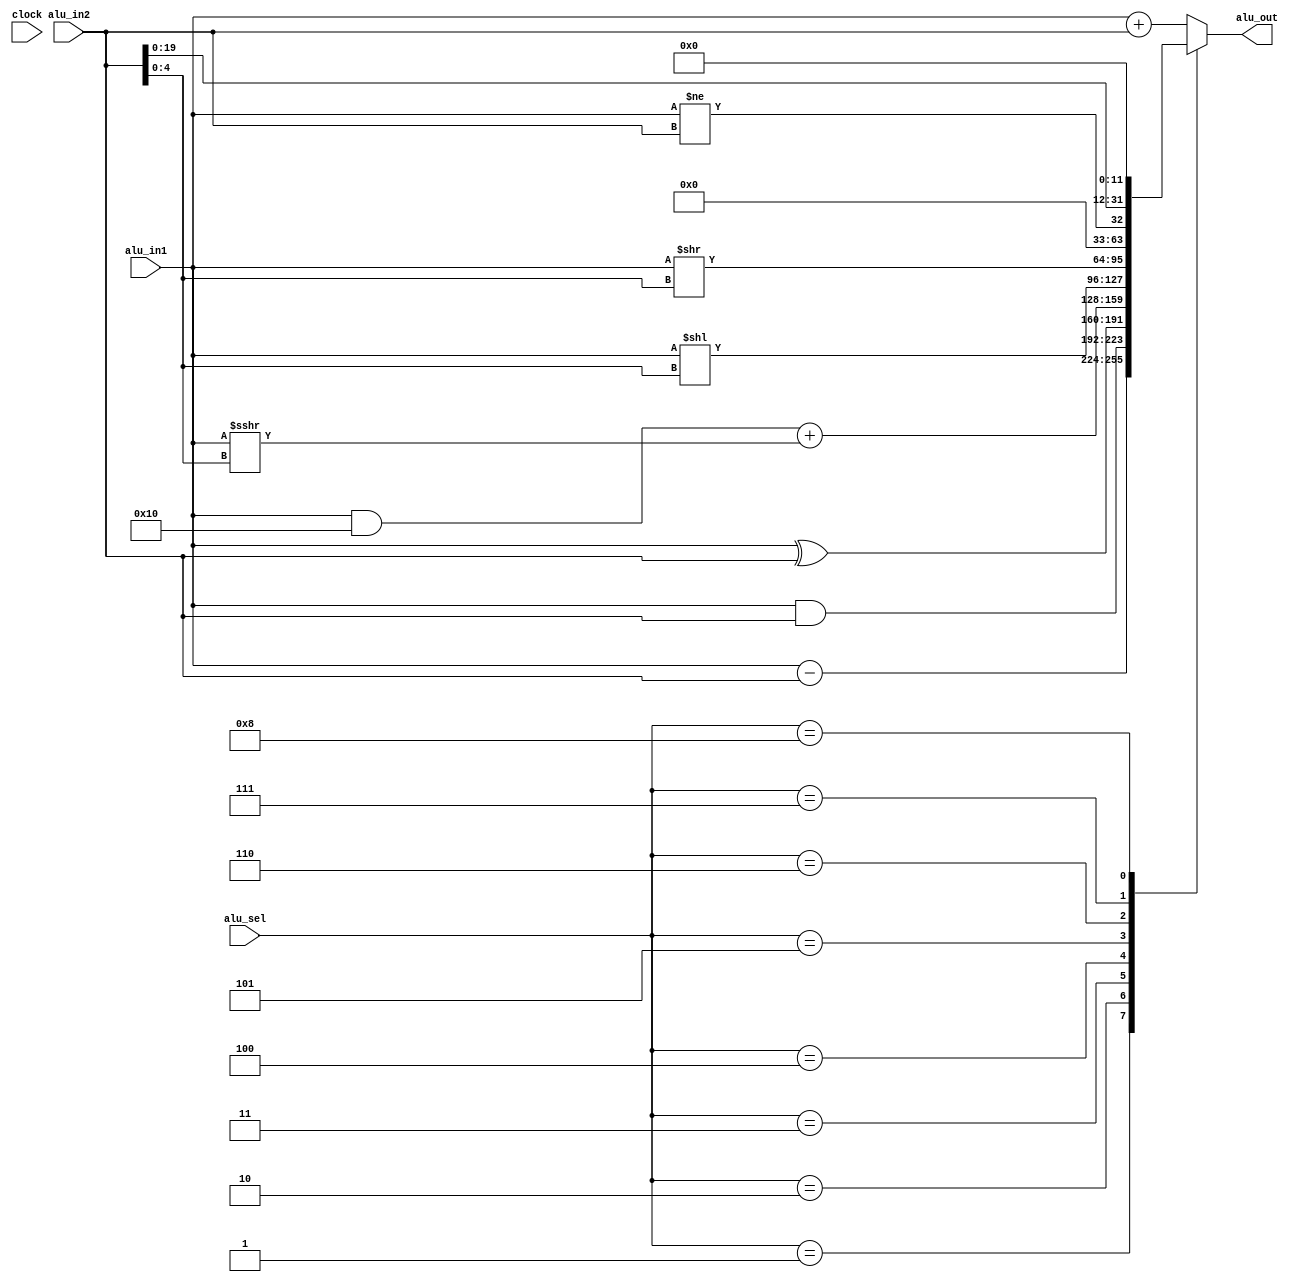
`timescale 1ns / 1ps
//////////////////////////////////////////////////////////////////////////////////
// Company: 
// Engineer: 
// 
// Design Name: 
// Module Name:    ALU 
// Project Name: 
// Target Devices: 
// Tool versions: 
// Description: 
//
// Dependencies: 
//
// Revision: 
// Revision 0.01 - File Created
// Additional Comments: 
//
//////////////////////////////////////////////////////////////////////////////////
module ALU( alu_in1, alu_in2, alu_out, alu_sel, clock );


	input [31:0]alu_in1, alu_in2;
	input [3:0]alu_sel;
	input clock;
	
	output [31:0]alu_out;
	reg [31:0]alu_out;
	
	reg [31:0]A;
	reg [31:0]B;
	
	always@(alu_sel, alu_in1, alu_in2)
	begin
	
	//alu_sel
	//suma = 0000						add, addi, lw, sw, sb
	//resta = 0001						sub
	//and = 0010						andi
	//xor = 0011						xori
	//sra = 0100						srai
	//sll = 0101						slli
	//srl = 0110						srli
	//bne = 0111						bne
	//lui = 1000						lui
	
	case(alu_sel)
	
	4'b0000: alu_out = alu_in1 + alu_in2;				//suma
	4'b0001: alu_out = alu_in1 - alu_in2;				//resta
	4'b0010: alu_out = alu_in1 & alu_in2;				//and
	4'b0011: alu_out = alu_in1 ^ alu_in2;				//xor
	
	4'b0100: begin
	A = alu_in1 & 5'b10000;									//sra			
	B = alu_in1 >>> alu_in2[4:0];							
	alu_out = A + B;
	end
	
	4'b0101: alu_out = alu_in1 << alu_in2[4:0];		//sll
	4'b0110: alu_out = alu_in1 >> alu_in2[4:0];		//srl
	4'b0111: alu_out = alu_in1 != alu_in2;				//bne
	4'b1000: alu_out = alu_in2  << 12;					//lui
	
	default: begin
	alu_out = alu_in1 + alu_in2;							//Cualquier otro valor de alu_sel ALU= suma
	end

	endcase
	
	end

endmodule